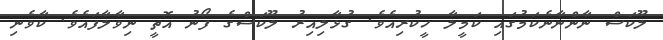
ލޫކަސް ނާންނާނެކަމުގައި ކަމީލާ ހީކުރިއެވެ. ގުޅާލިއިރު ލޫކަސްގެ ފޯނު އޮތީ ނިވާލާފައެވެ. ކާވެނި